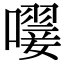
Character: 𡁕